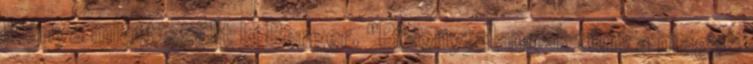
hiánya miatt szállt ki Berger. "Bizonytalannak tűnt a magas